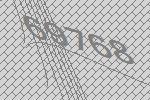
69768